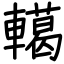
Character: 轕